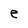
Character: e